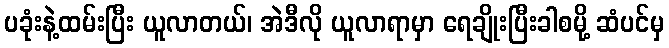
ပခုံးနဲ့ထမ်းပြီး ယူလာတယ်၊ အဲဒီလို ယူလာရာမှာ ရေချိုးပြီးခါစမို့ ဆံပင်မှ